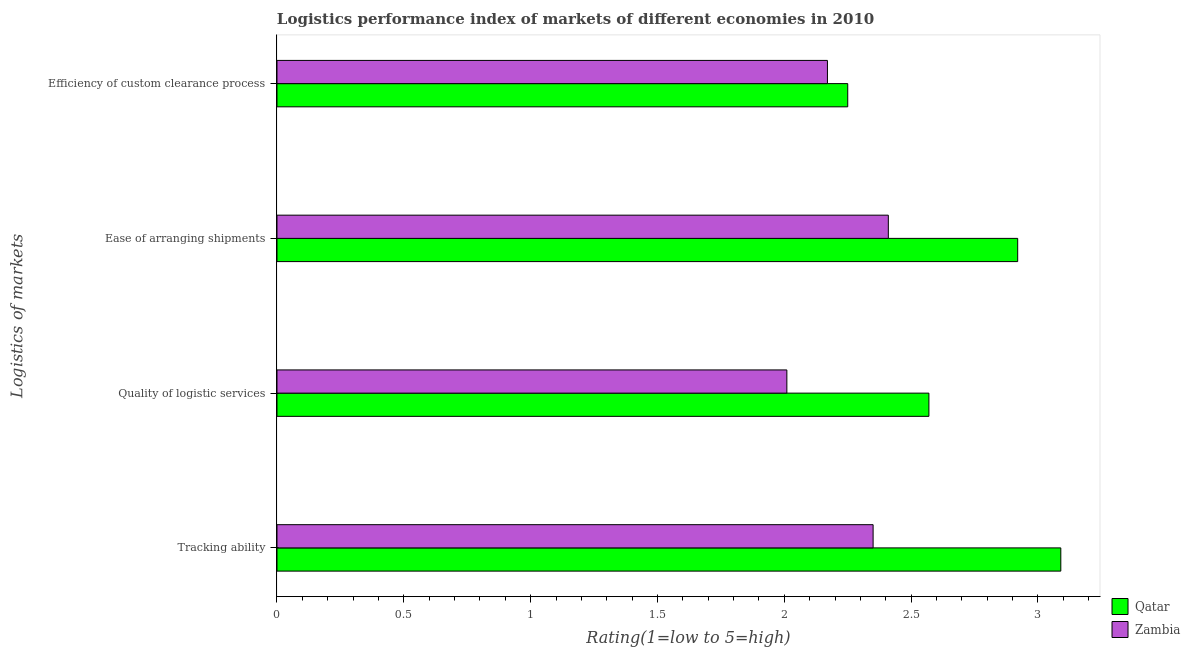
| Logistics of markets | Qatar | Zambia |
 | --- | --- | --- |
 | Tracking ability | 3.09 | 2.35 |
 | Quality of logistic services | 2.57 | 2.01 |
 | Ease of arranging shipments | 2.92 | 2.41 |
 | Efficiency of custom clearance process | 2.25 | 2.17 |